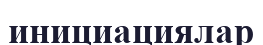
инициациялар